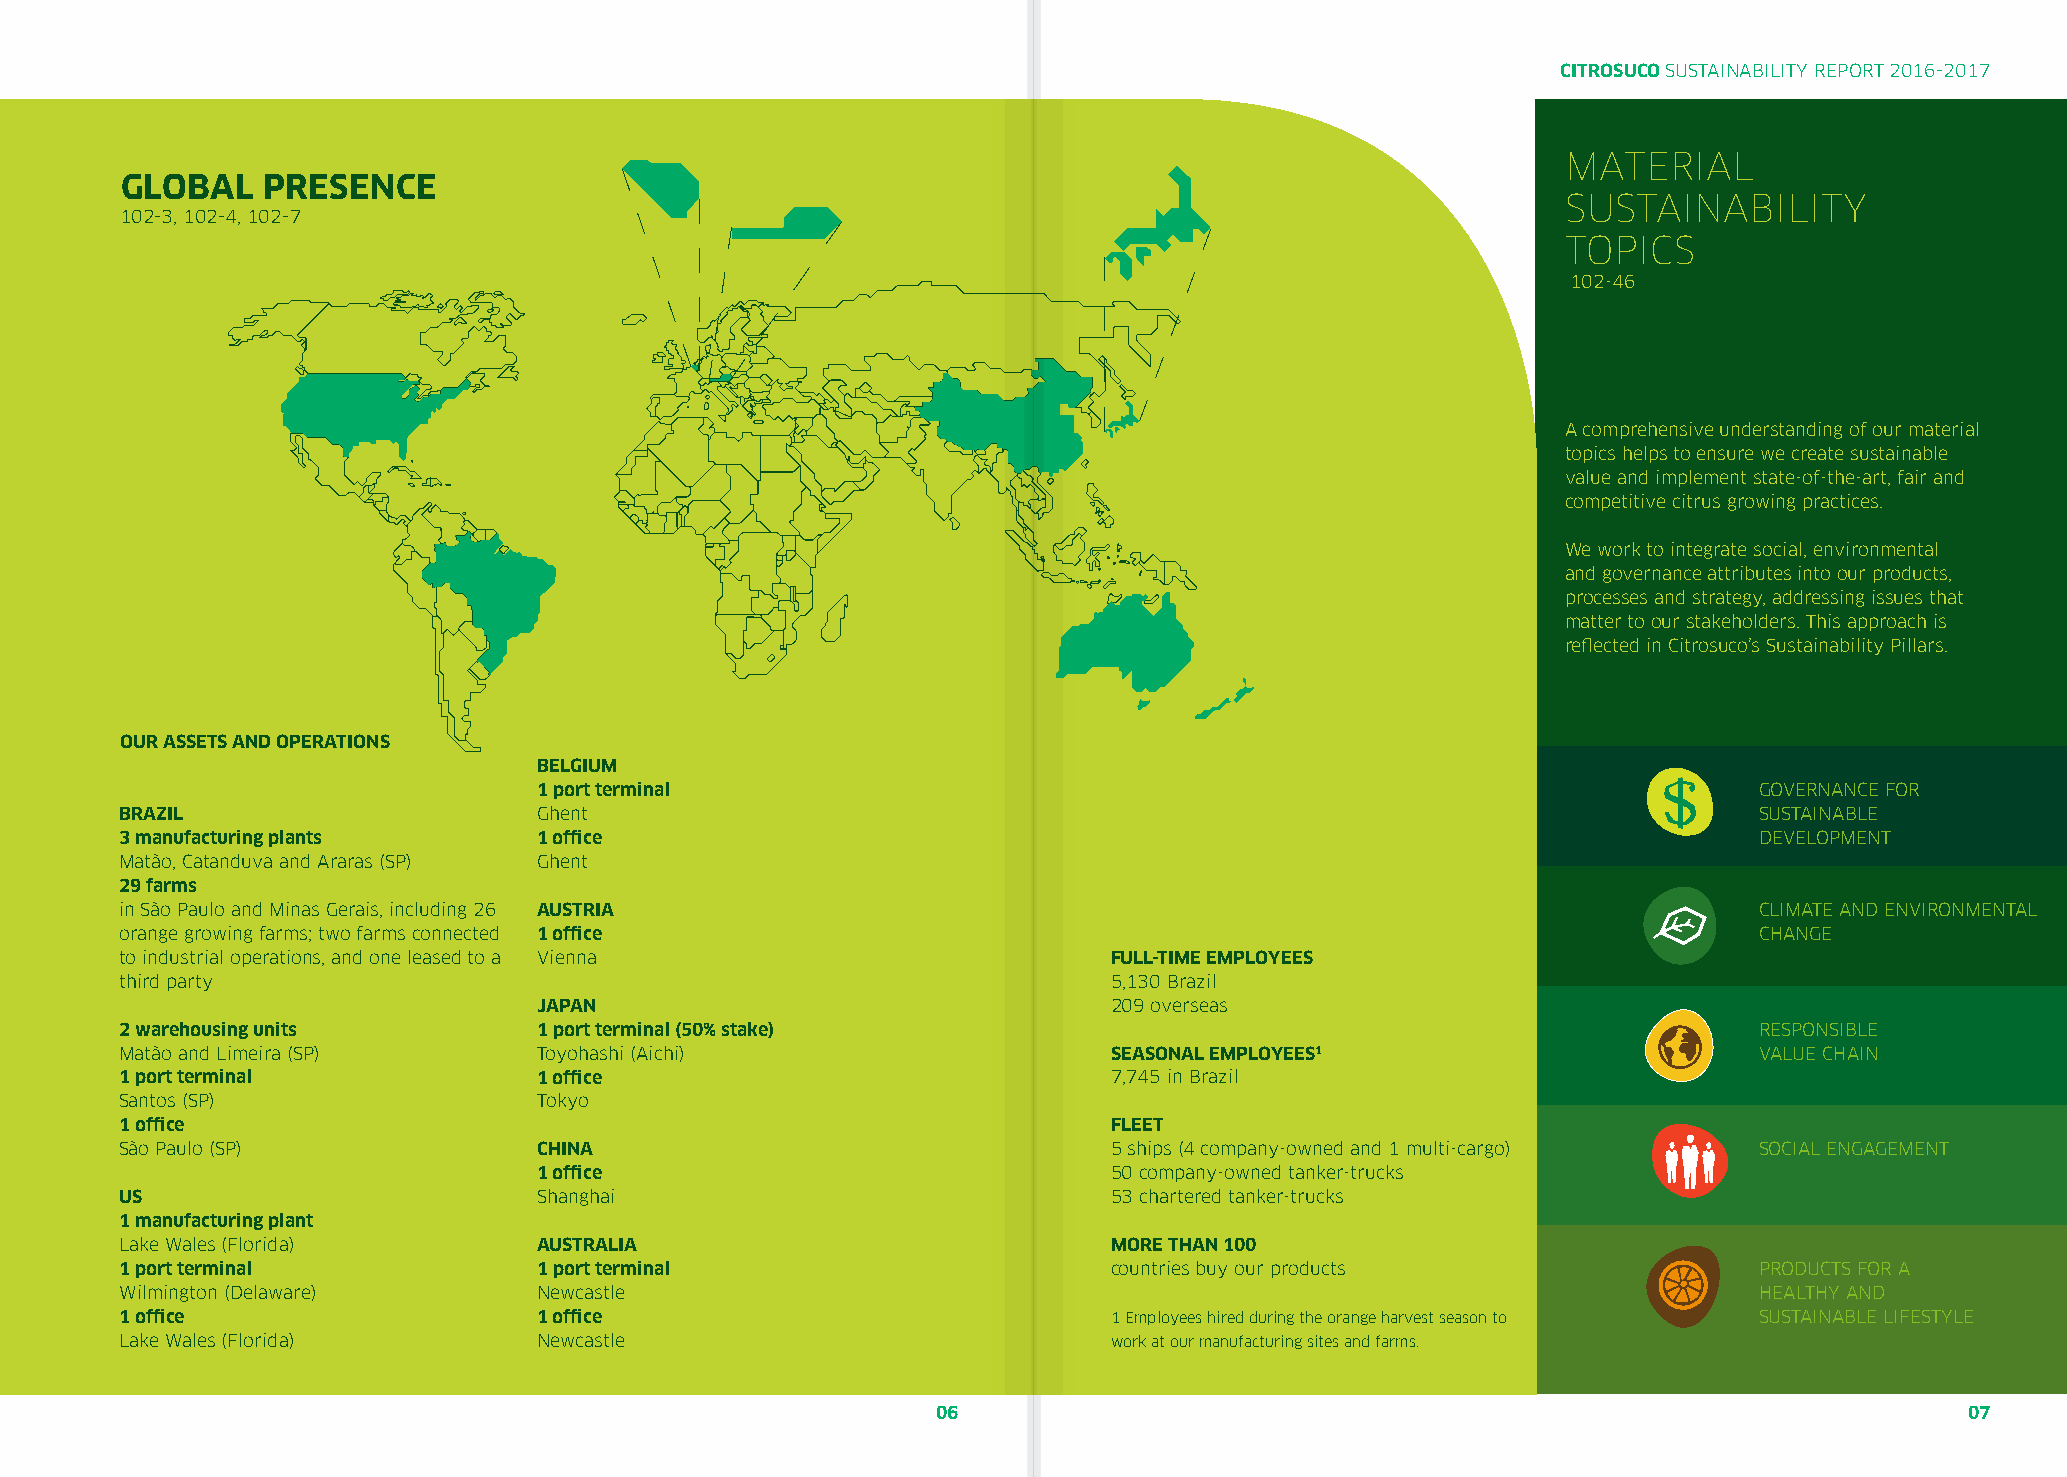
CITROSUCO SUSTAINABILITY REPORT 2016-2017
 MATERIAL
 GLOBAL   PRESENCE
 SUSTAINABILITY
 102-3, 102-4, 102-7
 TOPICS
 102-46
 A comprehensive understanding of our material
 topics helps to ensure we create sustainable
 value and implement state-of-the-art, fair and
 competitive citrus growing practices.
 We work to integrate social, environmental
 and governance attributes into our products,
 processes and strategy, addressing issues that
 matter to our stakeholders. This approach is
 reflected in Citrosuco’s Sustainability Pillars.
 OUR ASSETS AND OPERATIONS
 BELGIUM
 1 port terminal                                                                 GOVERNANCE FOR
 BRAZIL                      Ghent                                                                           SUSTAINABLE
 3 manufacturing plants      1 office                                                                        DEVELOPMENT
 Matão, Catanduva and Araras (SP) Ghent
 29 farms
 in São Paulo and Minas Gerais, including 26 AUSTRIA                                                         CLIMATE AND ENVIRONMENTAL
 orange growing farms; two farms connected 1 office                                                          CHANGE
 to industrial operations, and one leased to a Vienna              FULL-TIME EMPLOYEES
 third party                                                       5,130 Brazil
 JAPAN                                 209 overseas
 2 warehousing units         1 port terminal (50% stake)                                                     RESPONSIBLE
 Matão and Limeira (SP)      Toyohashi (Aichi)                     SEASONAL EMPLOYEES1                       VALUE CHAIN
 1 port terminal             1 office                              7,745 in Brazil
 Santos (SP)                 Tokyo
 1 office                                                          FLEET
 São Paulo (SP)              CHINA                                 5 ships (4 company-owned and 1 multi-cargo) SOCIAL ENGAGEMENT
 1 office                              50 company-owned tanker-trucks
 US                          Shanghai                              53 chartered tanker-trucks
 1 manufacturing plant
 Lake Wales (Florida)        AUSTRALIA                             MORE THAN 100
 1 port terminal             1 port terminal                       countries buy our products                PRODUCTS FOR A
 Wilmington (Delaware)       Newcastle                                                                       HEALTHY AND
 1 office                    1 office                              1 Employees hired during the orange harvest season to SUSTAINABLE LIFESTYLE
 Lake Wales (Florida)        Newcastle                             work at our manufacturing sites and farms.
 06                                                                  07